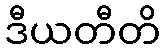
ဒီယတီတိ